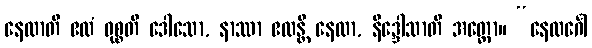
နေလာတိ ဧလံ ဝုစ္စတိ ဒေါသော, နာဿာ ဧလန္တိ နေလာ, နိဒ္ဒေါသာတိ အတ္ထော။ “နေလင်္ဂေါ